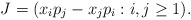
\begin{align*}J = (x_ip_j - x_j p_i : i,j \geq 1).\end{align*}